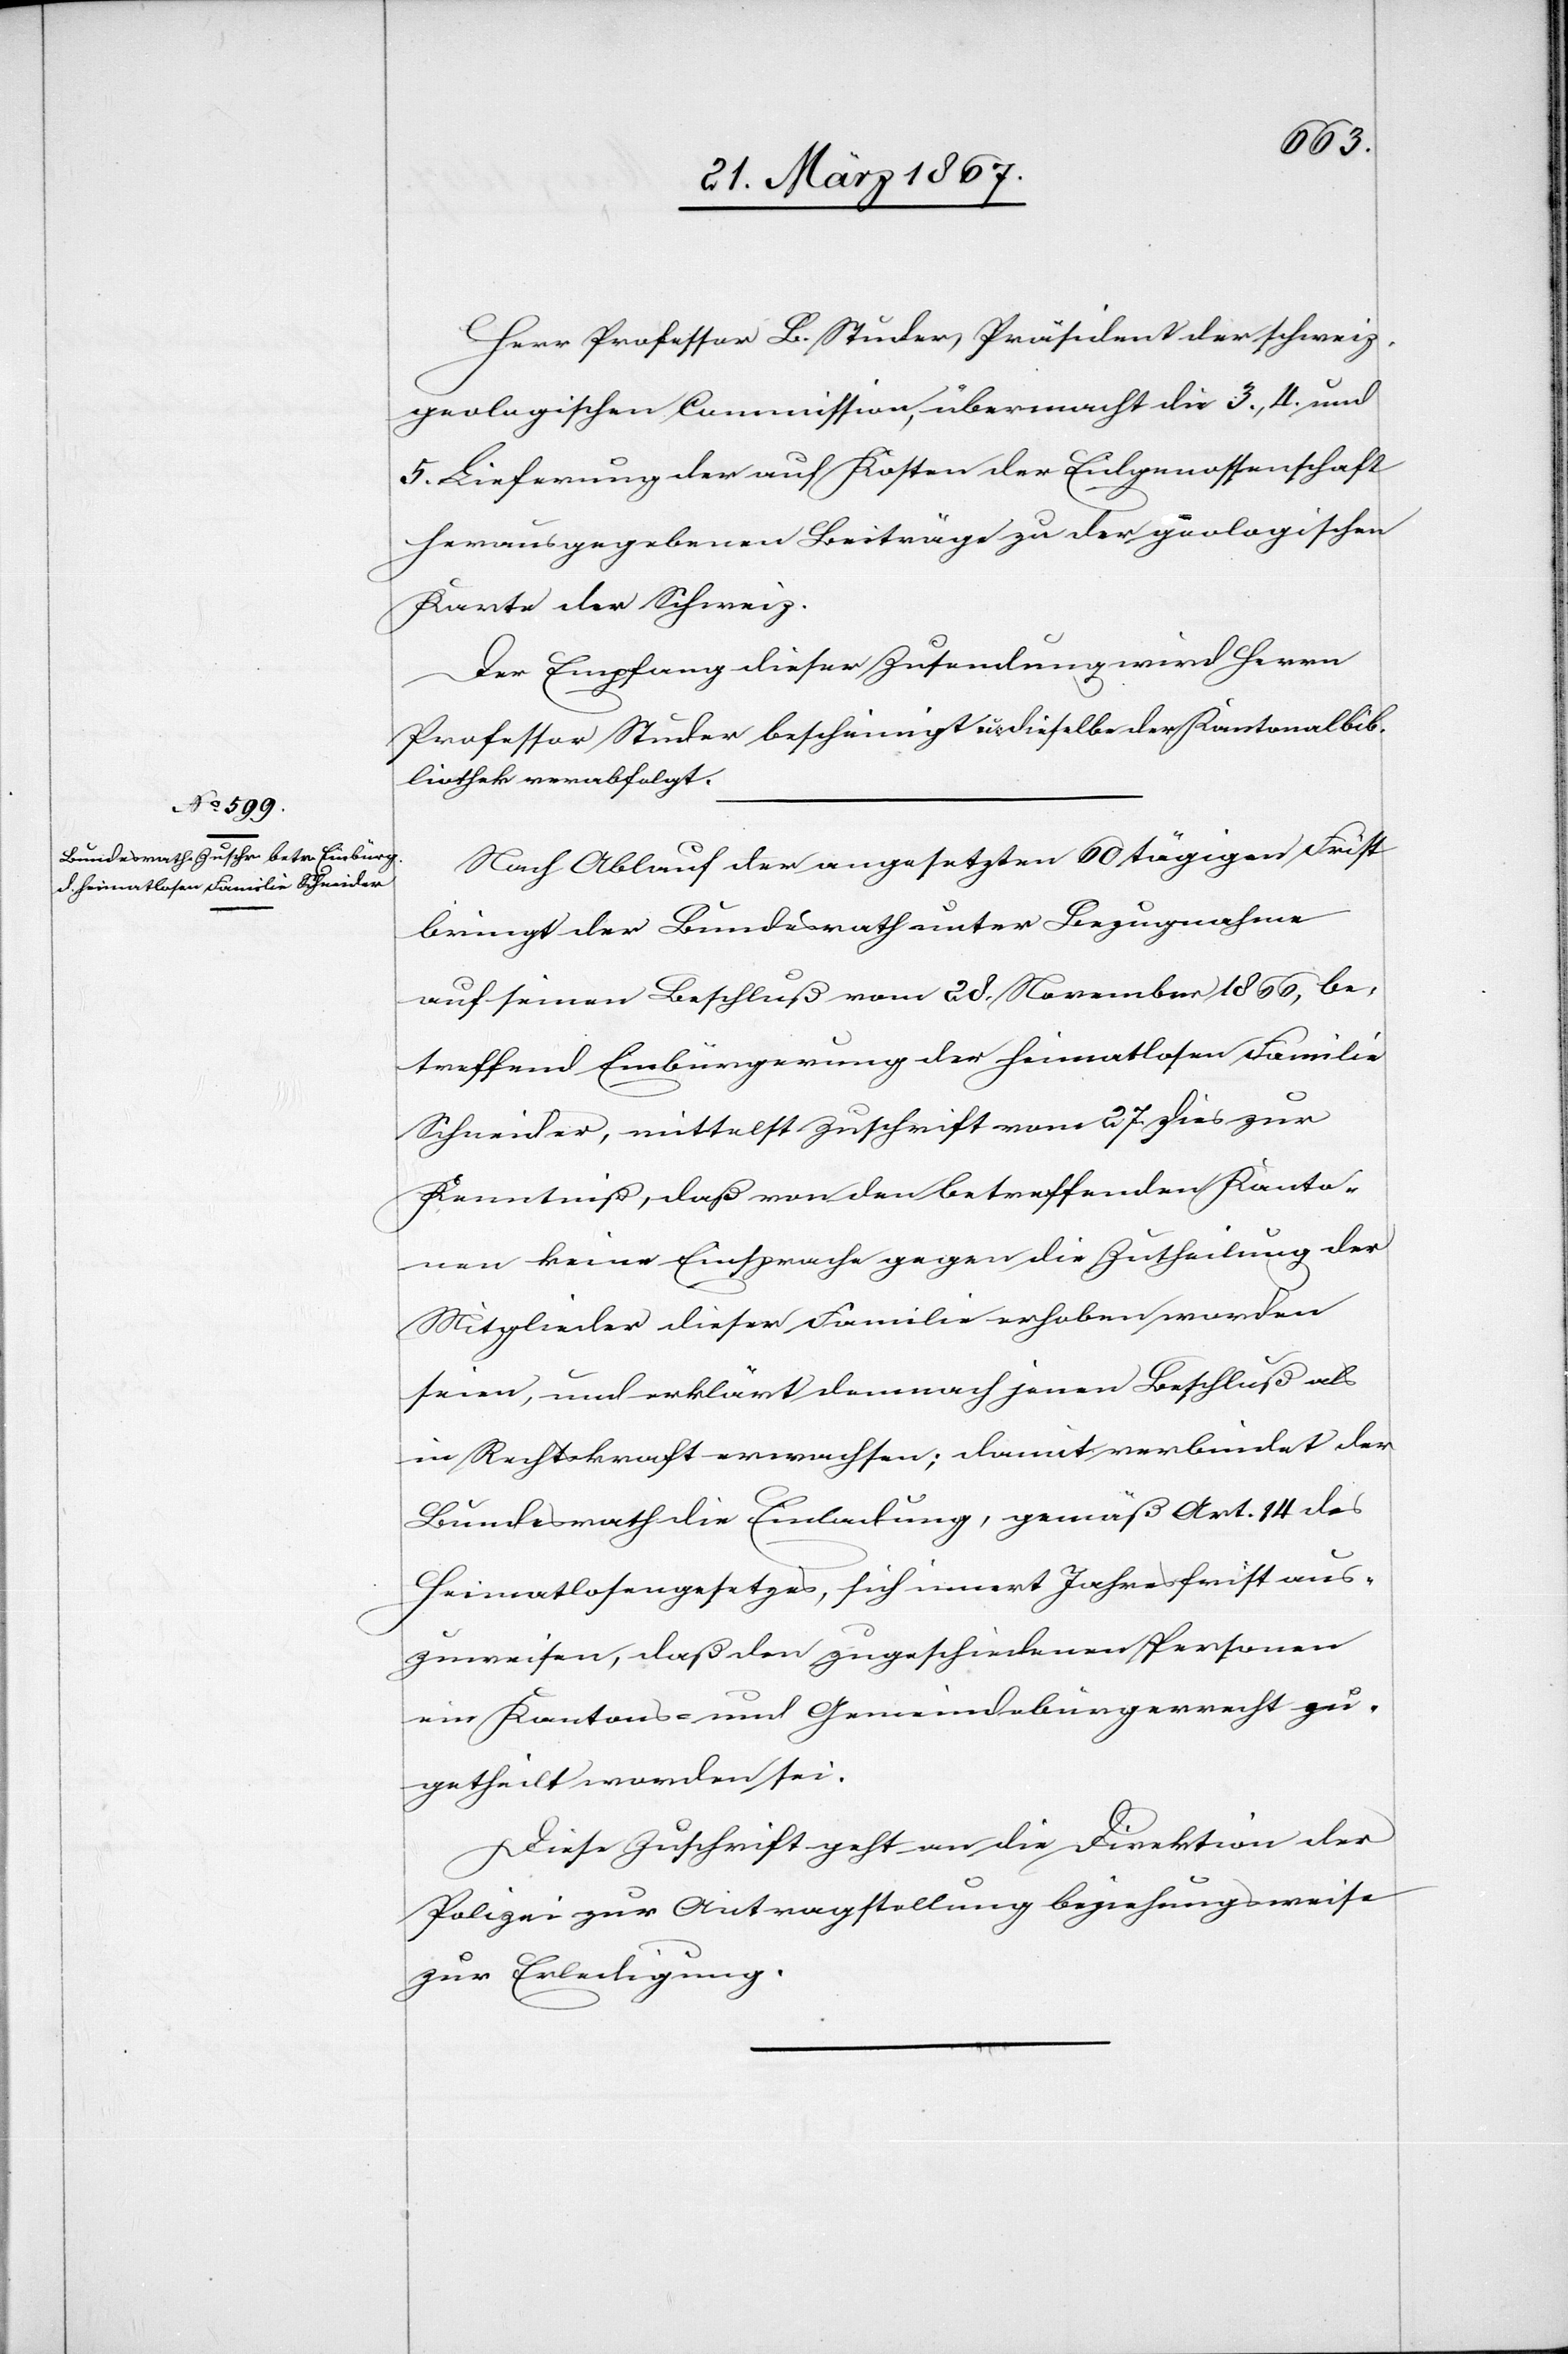
29. März 1867.]
Herr Professor B. Studer, Präsident der schweiz.
geologischen Commission, übermacht die 3., 4. und
5. Lieferung der auf Kosten der Eidgenossenschaft
herausgegebenen Beiträge zu der geologischen
Karte der Schweiz.
Der Empfang dieser Zusendung wird Herrn
Professor Studer bescheinigt u. dieselbe der Kantonalbib¬
liothek verabfolgt.
Nach Ablauf der angesetzten 60 tägigen Frist
bringt der Bundesrath unter Bezugnahme
auf seinen Beschluß vom 28. November 1866, be¬
treffend Einbürgerung der heimatlosen Familie
Schneider, mittelst Zuschrift vom 27. dies zur
Kenntniß, daß von den betreffenden Kanto¬
nen keine Einsprache gegen die Zutheilung der
Mitglieder dieser Familie erhoben worden
seien, und erklärt demnach jenen Beschluß als
in Rechtskraft erwachsen; damit verbindet der
Bundesrath die Einladung, gemäß Art. 14 des
Heimatlosengesetzes, sich innert Jahresfrist aus¬
zuweisen, daß den zugeschiedenen Personen
ein Kantons- und Gemeindebürgerrecht zu¬
getheilt worden sei.
Diese Zuschrift geht an die Direktion der
Polizei zur Antragstellung beziehungsweise
zur Erledigung.